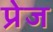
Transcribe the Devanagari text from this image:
प्रेज